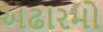
અઢારમો